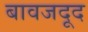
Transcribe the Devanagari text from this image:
बावजदूद